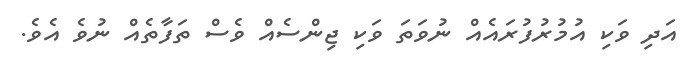
އަދި ވަކި އުމުރުފުރައެއް ނުވަތަ ވަކި ޖިންސެއް ވެސް ތަފާތެއް ނުވެ އެވެ.